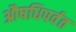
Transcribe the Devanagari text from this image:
औषधिपर्वत